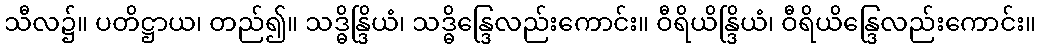
သီလ၌။ ပတိဋ္ဌာယ၊ တည်၍။ သဒ္ဓိန္ဒြိယံ၊ သဒ္ဓိန္ဒြေလည်းကောင်း။ ဝီရိယိန္ဒြိယံ၊ ဝီရိယိန္ဒြေလည်းကောင်း။